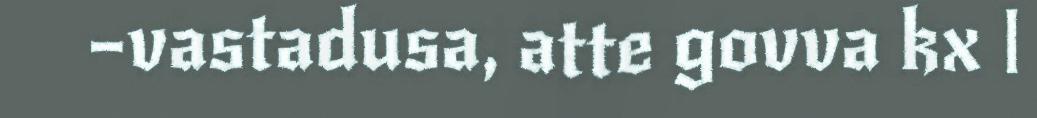
–vastadusa, atte govva kx |